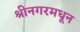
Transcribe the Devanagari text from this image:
श्रीनगरमधून